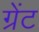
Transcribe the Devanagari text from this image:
ग्रेंट